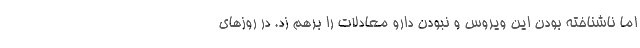
اما ناشناخته بودن این ویروس و نبودن دارو معادلات را برهم زد. در روزهای